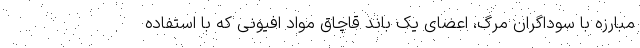
مبارزه با سوداگران مرگ، اعضای یک باند قاچاق مواد افیونی که با استفاده